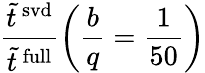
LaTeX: \frac{\tilde{t}^{\mathrm{\, svd}}}{\tilde{t}^{\mathrm{\, full}}}\left(\frac{b}{q}=\frac{1}{50}\right)